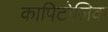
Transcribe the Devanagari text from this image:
कापिटोलिक